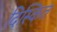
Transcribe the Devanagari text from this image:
दिस्कित